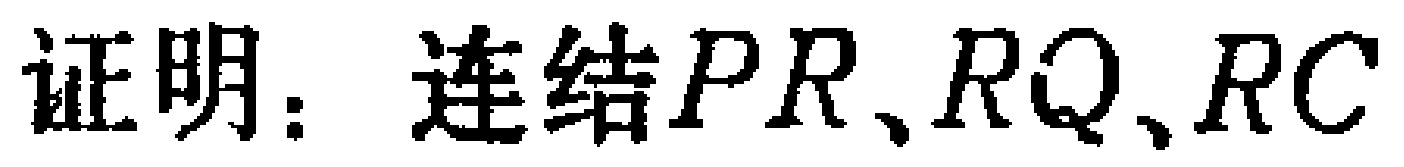
证明：连结\(PR、RQ、RC\)